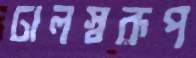
ঢালস্বরূপ